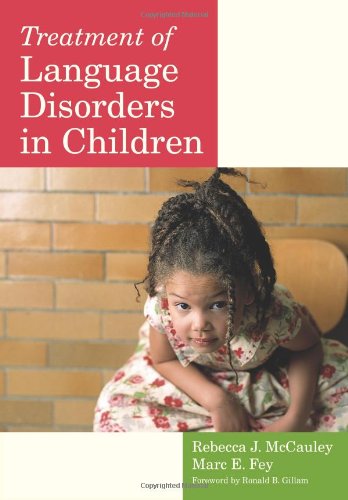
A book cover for Treatment of Language Disorders in Children (CLI); Medical Books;